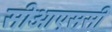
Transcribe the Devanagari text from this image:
सीओएससी